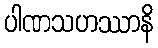
ပါဏသဟဿာနိ